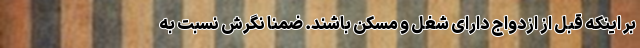
بر اینکه قبل از ازدواج دارای شغل و مسکن باشند. ضمنا نگرش نسبت به